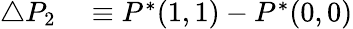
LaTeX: \begin{array}{rl}{\triangle P_{2}}&{{}\equiv P^{*}(1,1)-P^{*}(0,0)}\end{array}